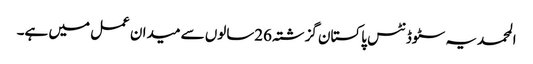
المحمدیہ سٹوڈنٹس پاکستان گزشتہ 26سالوں سے میدان عمل میں ہے۔